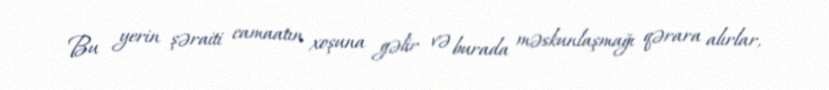
Bu yerin şəraiti camaatın xoşuna gəlir və burada məskunlaşmağı qərara alırlar,